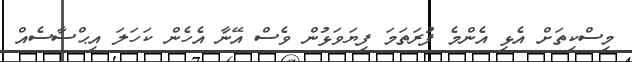
މިސްކިތަށް އެޅި އެންމެ ފުރަތަމަ ފިޔަވަޅުން ވެސް އޭނާ އެހެން ކަހަލަ އިޙްސާސެއް